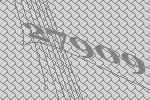
27909